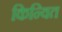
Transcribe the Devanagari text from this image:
किन्वित